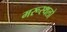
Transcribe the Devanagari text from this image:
मरूस्थलो